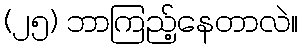
(၂၅) ဘာကြည့်နေတာလဲ။